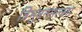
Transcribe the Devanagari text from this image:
त्रिभुवनमल्‍ला